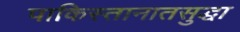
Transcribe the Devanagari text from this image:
पाकिस्तानातसुद्धा